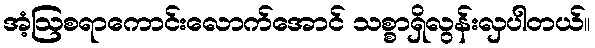
အံ့ဩစရာကောင်းလောက်အောင် သစ္စာရှိလွန်းလှပါတယ်။